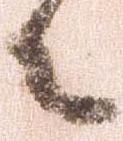
々